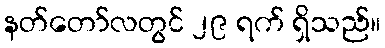
နတ်တော်လတွင် ၂၉ ရက် ရှိသည်။